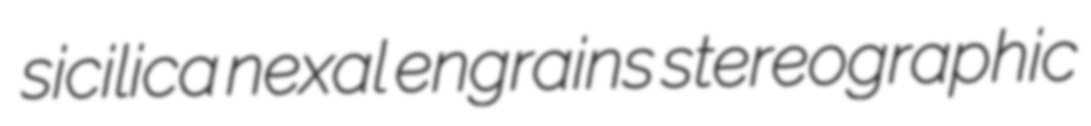
sicilica nexal engrains stereographic